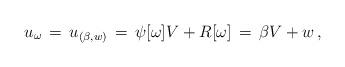
LaTeX: \begin{align*}u_\omega \, =\, u_{(\beta,w)} \, =\, \psi [\omega] V + R[\omega] \, = \, \beta V + w\,, \end{align*}